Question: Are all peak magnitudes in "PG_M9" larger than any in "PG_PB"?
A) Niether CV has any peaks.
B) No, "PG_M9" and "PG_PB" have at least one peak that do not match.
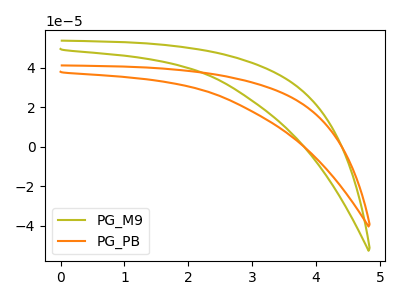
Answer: <think>The olive curve "PG_M9" has no peaks. The orange curve "PG_PB" has no peaks.</think>
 <answer>A) Niether CV has any peaks.</answer>
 <eval>A</eval>